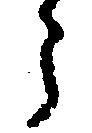
う